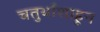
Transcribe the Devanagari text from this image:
चतुर्थांशाहून